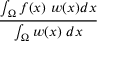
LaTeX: \frac { \int _ { \Omega } f ( x ) \ w ( x ) d x } { \int _ { \Omega } w ( x ) \ d x }